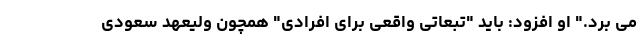
می برد." او افزود: باید "تبعاتی واقعی برای افرادی" همچون ولیعهد سعودی